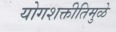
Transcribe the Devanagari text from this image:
योगशक्तीतिमुळे